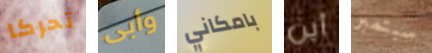
تحركا وأبى بامكاني أين سبتمبر